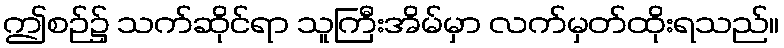
ဤစဉ်၌ သက်ဆိုင်ရာ သူကြီးအိမ်မှာ လက်မှတ်ထိုးရသည်။